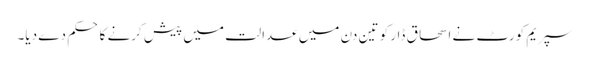
سپریم کورٹ نے اسحاق ڈار کو تین دن میں عدالت میں پیش کرنے کا حکم دے دیا۔